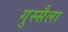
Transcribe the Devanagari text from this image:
गुस्सैला